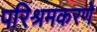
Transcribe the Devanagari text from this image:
परिश्रमकरणे